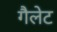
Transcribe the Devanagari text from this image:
गैलेट